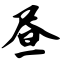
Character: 昼